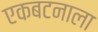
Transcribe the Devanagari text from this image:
एकबटनाला